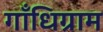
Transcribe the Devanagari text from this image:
गाँधिग्राम